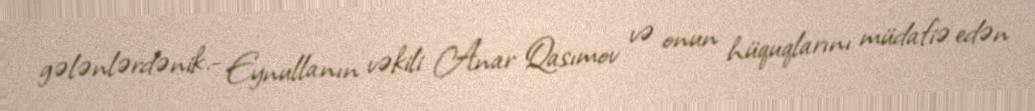
gələnlərdənik.- Eynullanın vəkili Anar Qasımov və onun hüquqlarını müdafiə edən